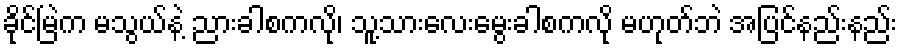
ခိုင်မြဲက မသွယ်နဲ့ ညားခါစကလို၊ သူ့သားလေးမွေးခါစကလို မဟုတ်ဘဲ အပြင်နည်းနည်း